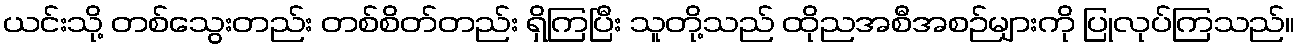
ယင်းသို့ တစ်သွေးတည်း တစ်စိတ်တည်း ရှိကြပြီး သူတို့သည် ထိုညအစီအစဉ်များကို ပြုလုပ်ကြသည်။